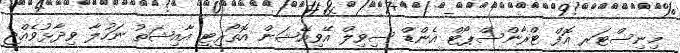
މިނިސްޓަރ އޮފް ޓްރާންސްޕޯޓް އެންޑް ސިވިލް އޭވިއޭޝަން އޮތޯރިޓީ އާއިޝަތު ނަހުލާ ވިދާޅުވެއްޖެ